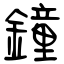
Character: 鐘